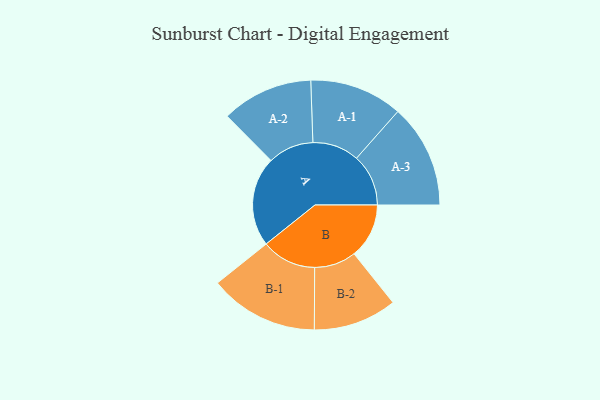
{"axis": {"x": "Segment", "y": "Value"}, "legend": ["", "A", "B"], "data": [{"x": "A", "y": 353, "type": ""}, {"x": "B", "y": 216, "type": ""}, {"x": "A-1", "y": 183, "type": "A"}, {"x": "A-2", "y": 180, "type": "A"}, {"x": "A-3", "y": 204, "type": "A"}, {"x": "B-1", "y": 215, "type": "B"}, {"x": "B-2", "y": 164, "type": "B"}]}